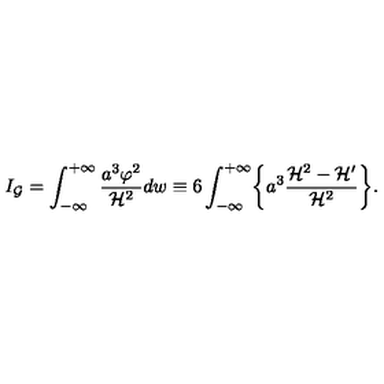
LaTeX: I _ { \cal G } = \int _ { - \infty } ^ { + \infty } \frac { a ^ { 3 } \varphi ^ { 2 } } { { \cal H } ^ { 2 } } d w \equiv 6 \int _ { - \infty } ^ { + \infty } \biggl \{ a ^ { 3 } \frac { { \cal H } ^ { 2 } - { \cal H } ^ { \prime } } { { \cal H } ^ { 2 } } \biggr \} .